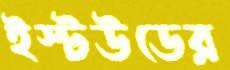
ইস্টউডের